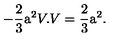
- \frac { 2 } { 3 } \mathrm { \Large a } ^ { 2 } V . V = \frac { 2 } { 3 } \mathrm { \Large a } ^ { 2 } .